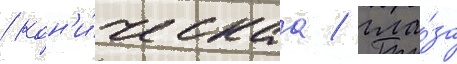
/ кон'и́ческаа / гла́за